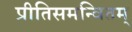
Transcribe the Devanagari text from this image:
प्रीतिसमन्वितम्